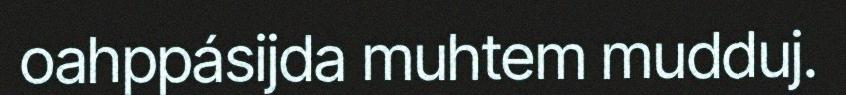
oahppásijda muhtem mudduj.